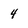
Character: 4